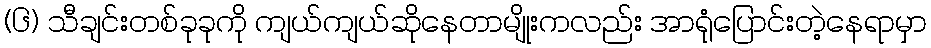
(၆) သီချင်းတစ်ခုခုကို ကျယ်ကျယ်ဆိုနေတာမျိုးကလည်း အာရုံပြောင်းတဲ့နေရာမှာ